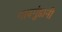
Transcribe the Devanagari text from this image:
गावगुंडानी